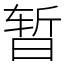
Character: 暂